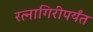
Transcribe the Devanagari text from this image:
रत्‍नागिरीपर्यंत